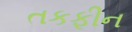
તકફીન